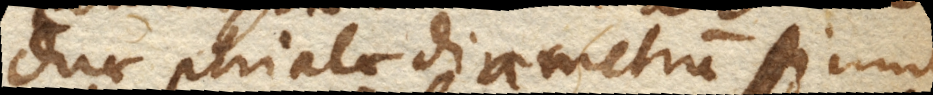
Duae phialae diametrum simul